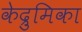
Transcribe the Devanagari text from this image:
केद्रुमिका